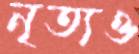
নৃত্যও